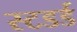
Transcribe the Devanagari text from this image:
स्टडर्ड